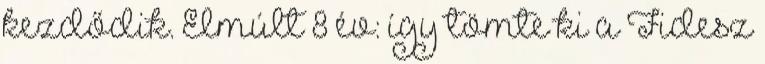
kezdődik. Elmúlt 8 év: így tömte ki a Fidesz